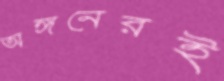
অঙ্গনেরই